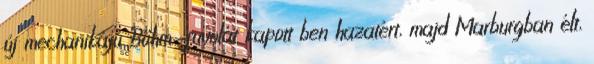
új mechanikájú Böhm-fuvolát kapott ben hazatért, majd Marburgban élt,